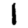
Digit: 1